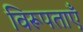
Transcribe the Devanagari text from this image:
विरूपताएँ